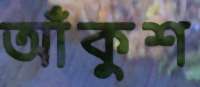
আঁকুশ